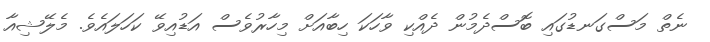
ނެތް މަސްގަނޑުގައި ބޮސްދެމުން ދެއްކި ވާހަކަ ހިބާއަށް މިހާރުވެސް އަޑުއިވޭ ކަހަލައެވެ. މެލޭޝިއާ